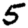
Digit: 5